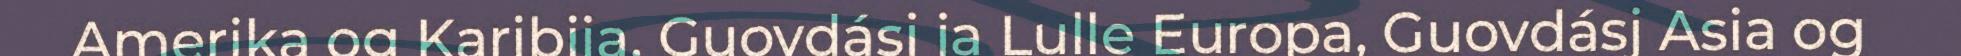
Amerika og Karibija, Guovdásj ja Lulle Europa, Guovdásj Asia og